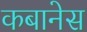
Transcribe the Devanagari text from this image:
कबानेस